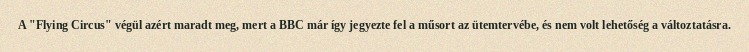
A "Flying Circus" végül azért maradt meg, mert a BBC már így jegyezte fel a műsort az ütemtervébe, és nem volt lehetőség a változtatásra.